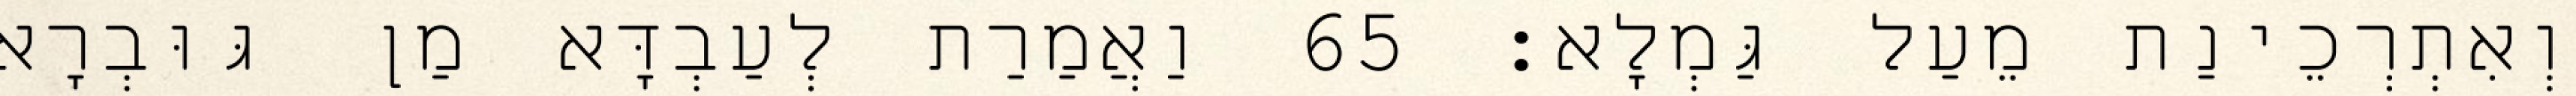
וְאִתְרְכֵינַת מֵעַל גַּמְלָא׃ 65 וַאֲמַרַת לְעַבְדָּא מַן גּוּבְרָא